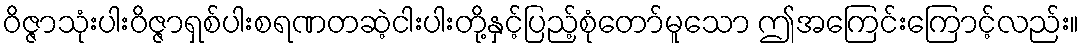
ဝိဇ္ဇာသုံးပါးဝိဇ္ဇာရှစ်ပါးစရဏတဆဲ့ငါးပါးတို့နှင့်ပြည့်စုံတော်မူသော ဤအကြေင်းကြောင့်လည်း။